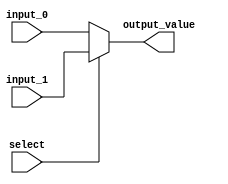
module Mux_2to1 #(parameter WIDTH=4)
    (
	  input select,
	  input [WIDTH-1:0] input_0, input_1,
      output [WIDTH-1:0] output_value
    );

assign output_value = select ? input_1 : input_0;

endmodule